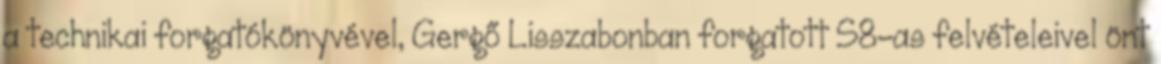
a technikai forgatókönyvével, Gergő Lisszabonban forgatott S8-as felvételeivel önt